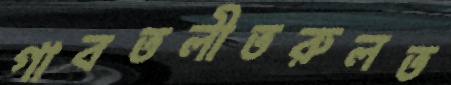
গাবতলীতরুলত